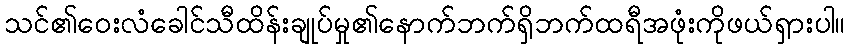
သင်၏ဝေးလံခေါင်သီထိန်းချုပ်မှု၏နောက်ဘက်ရှိဘက်ထရီအဖုံးကိုဖယ်ရှားပါ။